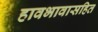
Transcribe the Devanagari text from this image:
हावभावासहित